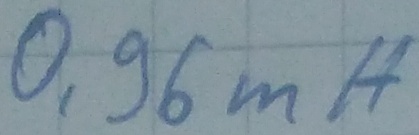
Text: 0,96mH